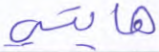
هايتي